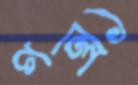
গলি